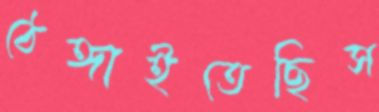
ঠেঙ্গাইতেছিস